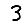
Digit: 3